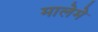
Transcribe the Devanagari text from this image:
मालेमे